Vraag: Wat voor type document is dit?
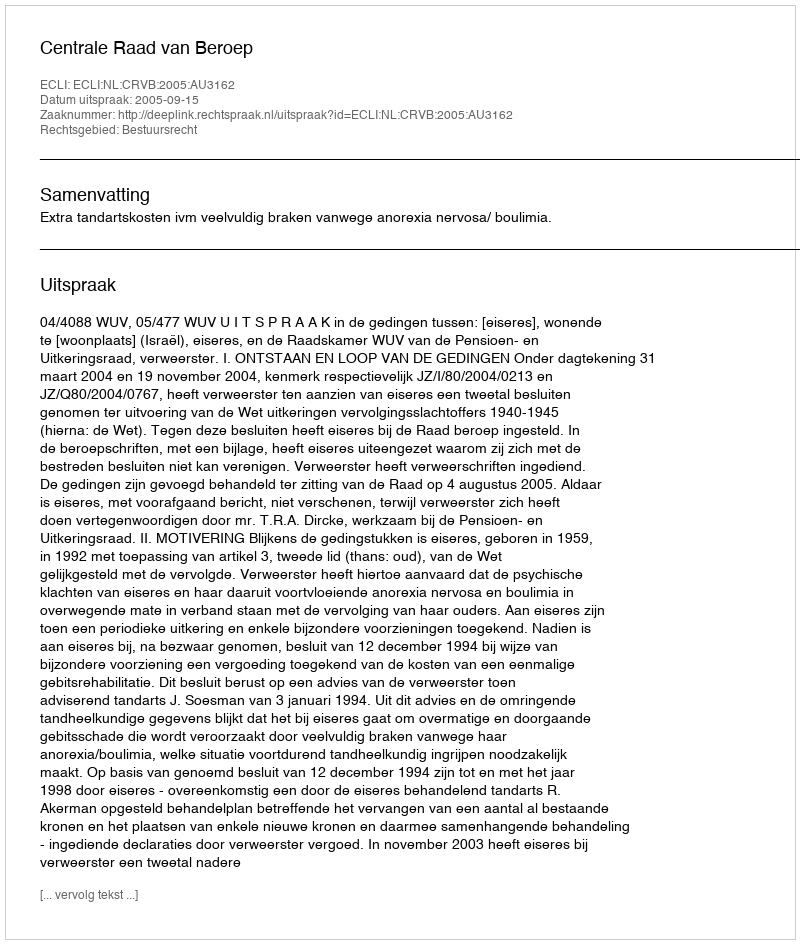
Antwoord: Uitspraak